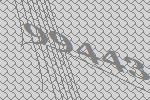
99443